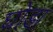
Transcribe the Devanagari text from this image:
घोडा़